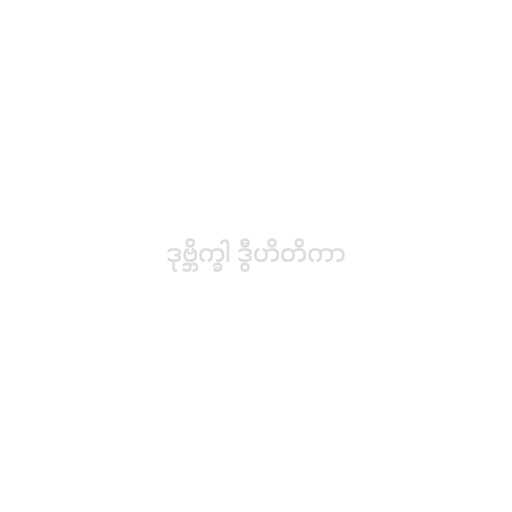
ဒုဗ္ဘိက္ခါ ဒွီဟိတိကာ